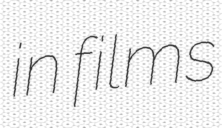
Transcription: in films